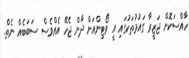
ހާއްސަކޮށް ޖަޒީރާ ގައުމުތަކުގައި އީ ވޯޓިންއަށް ދާން ޖެހޭ އެއްވެސް ސަބަބެއް ނެތް.